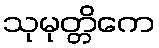
သုမုတ္တိကေ